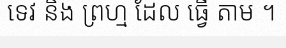
ទេវ និង ព្រហ្ម ដែល ធ្វើ តាម ។